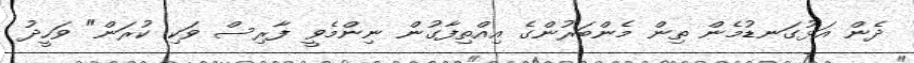
ދެން އަޅުގަނޑުމެން ތިން މެންބަރުންގެ އިއްތިފާގުން ނިންމެވީ ފާރިސް ވަކި ކުރަން" ވަހީދު